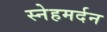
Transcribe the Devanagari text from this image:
स्नेहमर्दन